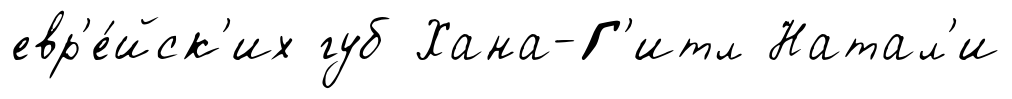
евр'е́йск'их губ Хана-Г'итл Натал'и